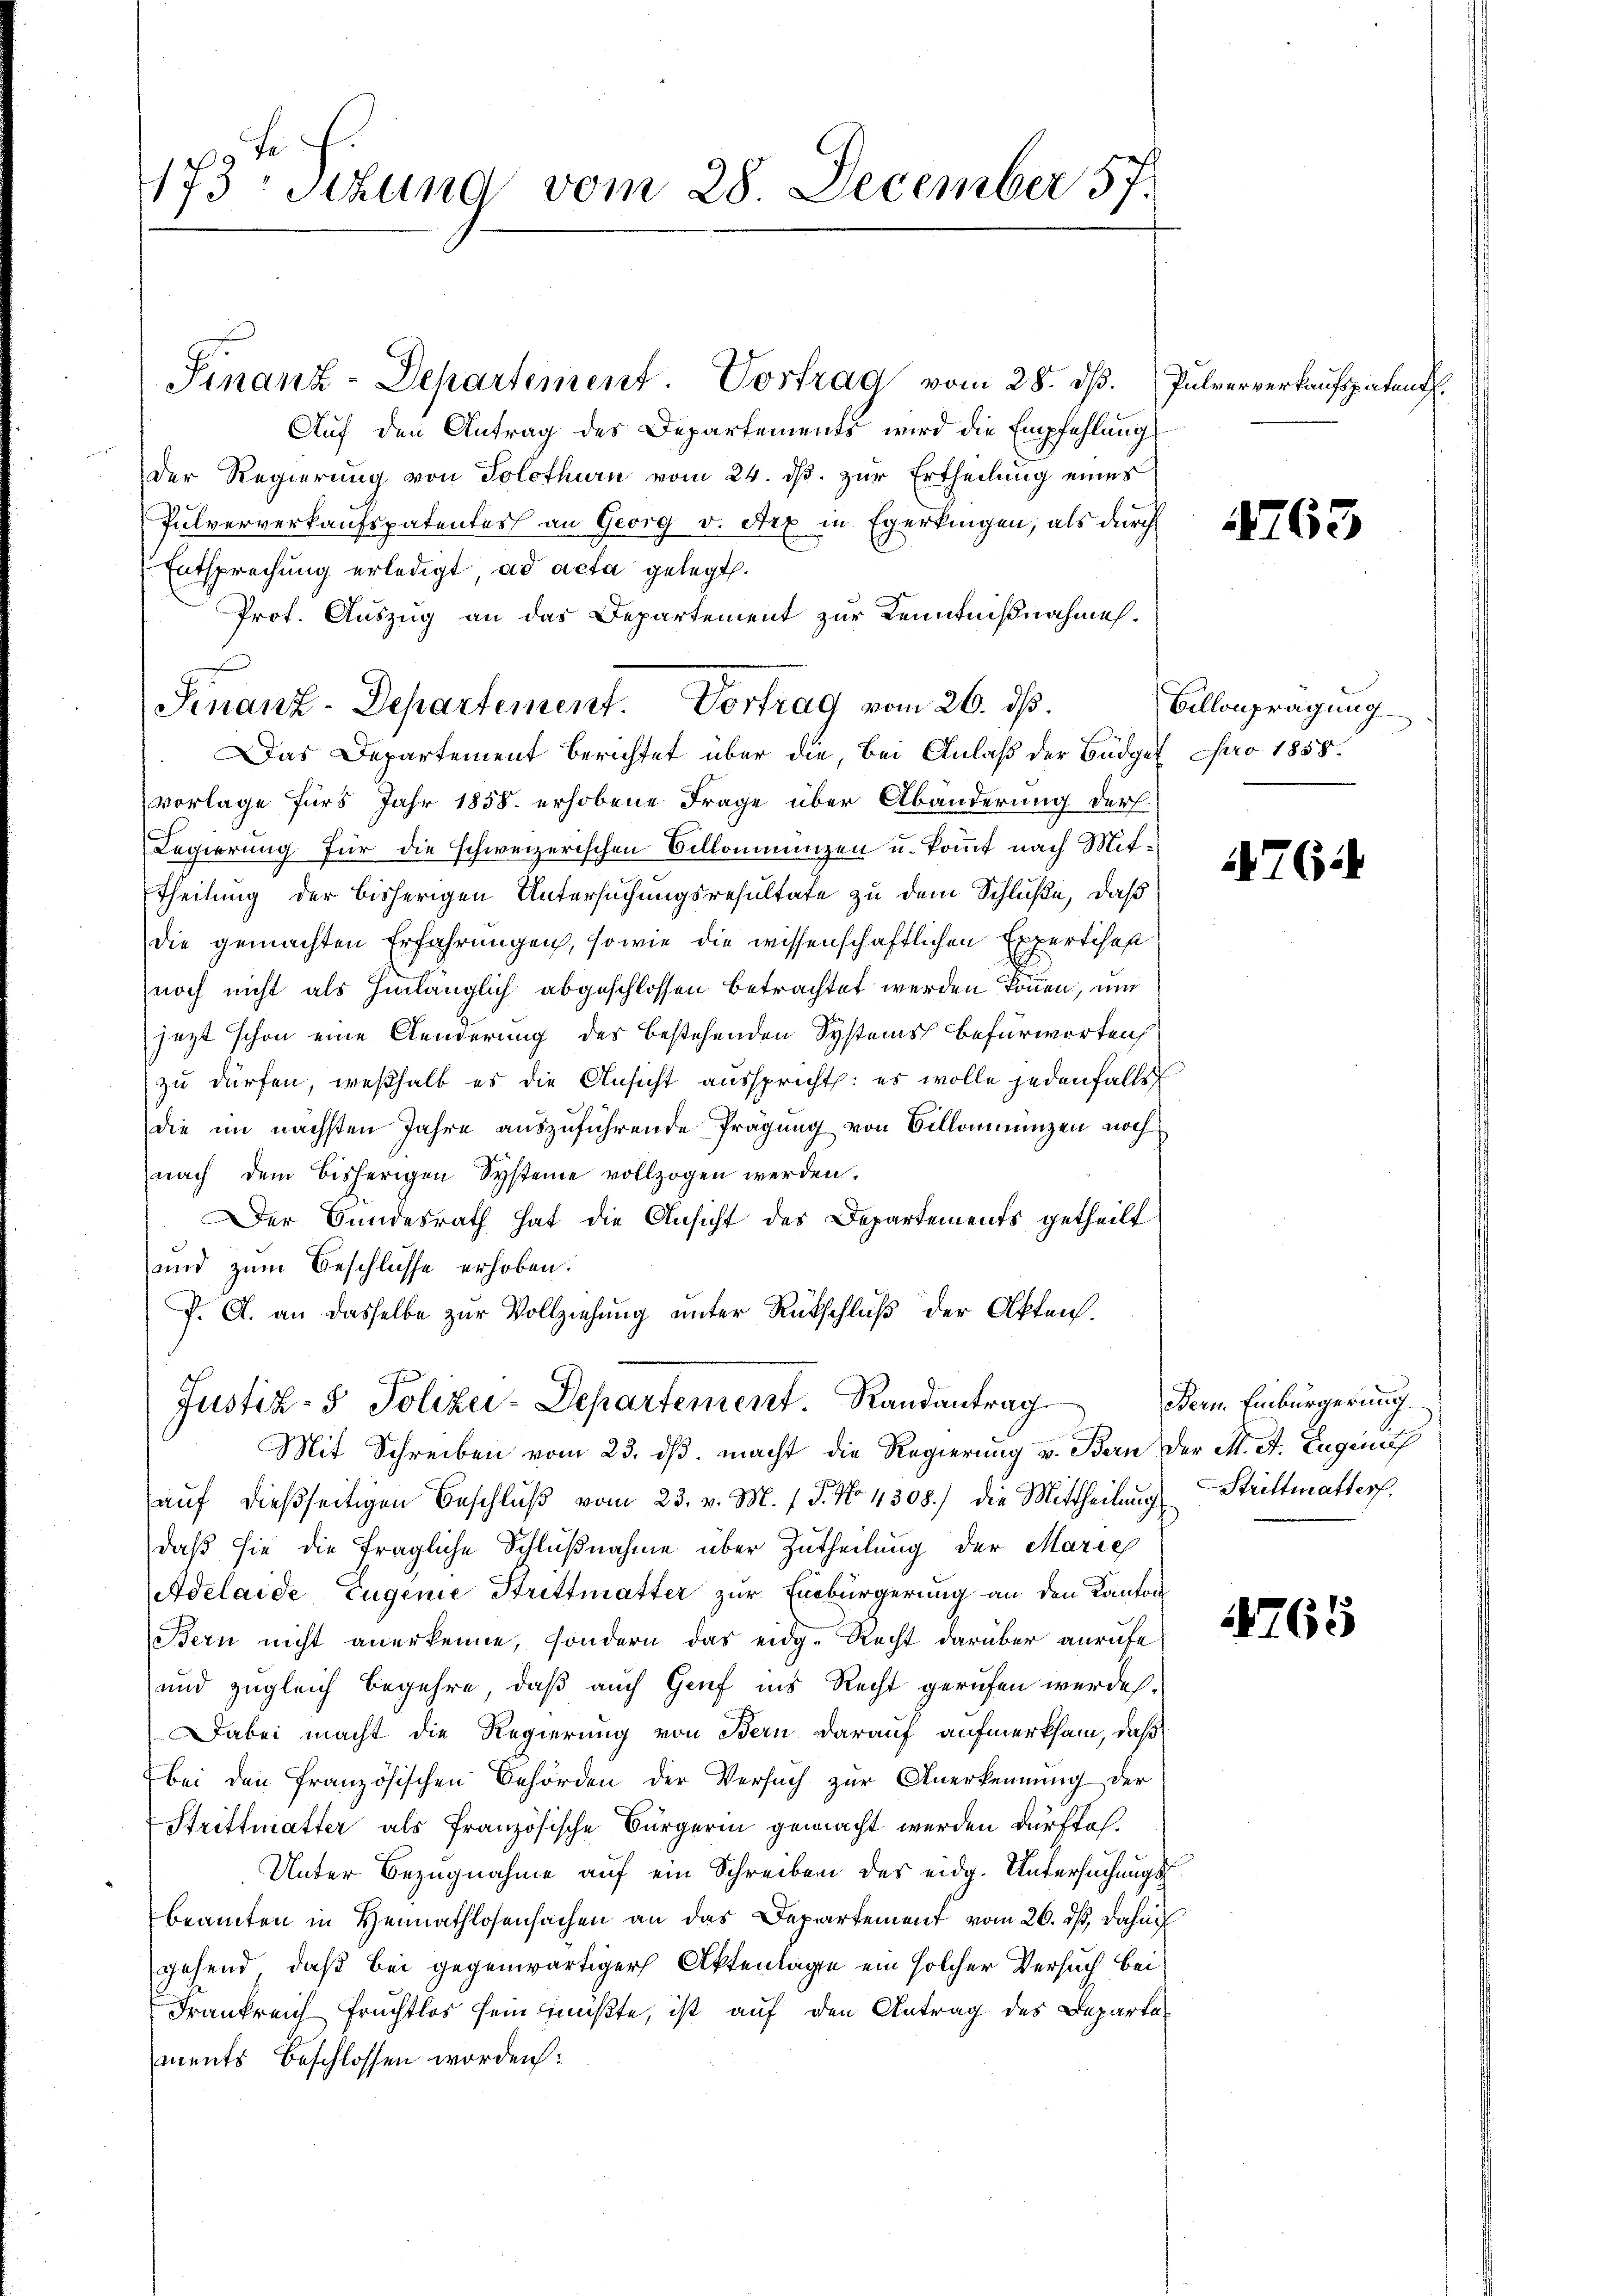
173 Sizung vom 28. December 57.

Auf den Antrag des Departements wird die Empfehlung
e
Der Regierung von Solothurn vom 24. ds. zur Ertheilung eines
Pulververkaufspatentes an Georg v. Arx in Egerkingen, als durch
Entsprechung erledigt ad acta gelegt.
Prot. Auszug an das Departement zur Kenntnißnahmes.
Das Departement berichtet über die, bei Anlaß der Büdget pro 1858.
vorlage fürs Jahr 1858 erhobene Frage über Abänderung der
Regierung für die schweizerischen Billonienzen u. kommt nach Mittheilung der bisherigen Untersuchungsresultate zu dem Schluße, daß
die gemachten Erfahrungen, sowie die wissenschaftlichen Expertisch
noch nicht als hinlänglich abgeschlossen betrachtet werden können, und
jezt schon eine Aenderung des bestehenden Systems befürworten:
zu dürfen, weßhalb es die Ansicht ausspricht: es wolle jedenfalls
die im nächsten Jahre auszuführende Prägung von Billommünzen noch
nach dem bisherigen Systeme vollzogen werden.
Der Bundesrath hat die Ansicht des Departements getheilt
und zum Beschlüsse erhoben.
J. A. an dasselbe zur Vollziehung unter Rückschluß der Akten.
Justiz- & Polizei-Departement. Randantrag
Mit Schreiben vom 23. ds. macht die Regierung v. Bern der M. A. Eugenf
aŭf dießseitigen Beschlŭβ vom 23. v. M. / 5. No 4308) die Mittheilung Strittmatters
daß sie die fragliche Schlußnahme über Zutheilung der Marie
Adelaide Eugenie Strittmatter zur Einbürgerung an den Kanton
Bern nicht anerkenne, sondern das eidg. Recht darüber anrufe
und zugleich begehre, daß auch Genf ins Recht gerufen werde.
Dabei macht die Regierung von Bern darauf aufmerksam, daß
bei den französischen Behörden der Versuch zŭr Anerkennung der
Strittmatter als französische Bürgerin gemacht werden durftah¬
Unter Bezugnahme auf ein Schreiben des eidg. Untersuchungsbeamten in Heimathlosensachen an das Departement vom 26. dß, Dahn
gehend, daß bei gegenwärtiger Aktenlage ein solcher Versuch bei
Frankreich Fruchtlos sein müßte, ist auf den Antrag des Departements beschlossen worden:

Finanz-Departement. Vortrag vom 28. d.

Finanz-Departement. Vortrag vom 26. ds.

Pulververkaufspatent

763

Billenprägung

762

Bern Einbürgerung

1765